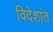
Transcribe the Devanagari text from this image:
विदेशांत